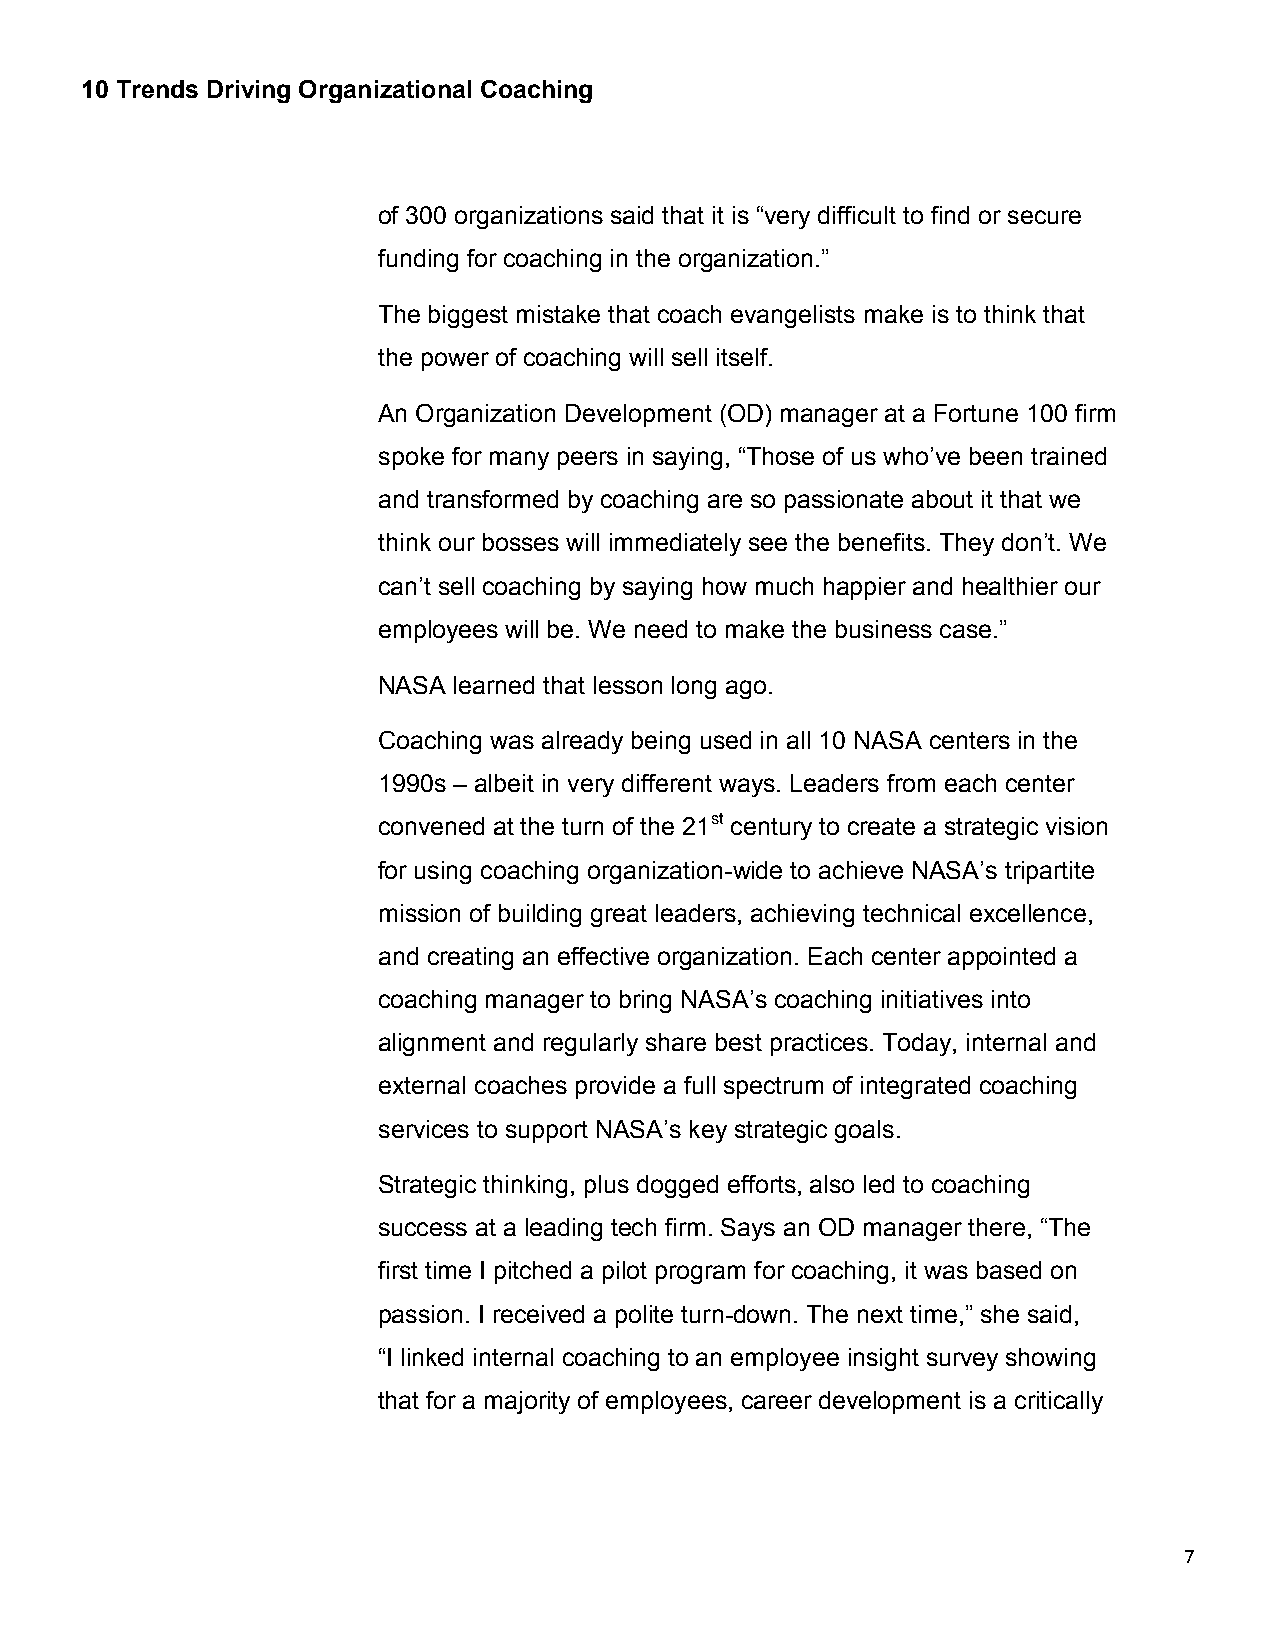
10 Trends Driving Organizational Coaching
 of 300 organizations said that it is “very difficult to find or secure
 funding for coaching in the organization.”
 The biggest mistake that coach evangelists make is to think that
 the power of coaching will sell itself.
 An Organization Development (OD) manager at a Fortune 100 firm
 spoke for many peers in saying, “Those of us who’ve been trained
 and transformed by coaching are so passionate about it that we
 think our bosses will immediately see the benefits. They don’t. We
 can’t sell coaching by saying how much happier and healthier our
 employees will be. We need to make the business case.”
 NASA learned that lesson long ago.
 Coaching was already being used in all 10 NASA centers in the
 1990s – albeit in very different ways. Leaders from each center
 convened at the turn of the 21st century to create a strategic vision
 for using coaching organization-wide to achieve NASA’s tripartite
 mission of building great leaders, achieving technical excellence,
 and creating an effective organization. Each center appointed a
 coaching manager to bring NASA’s coaching initiatives into
 alignment and regularly share best practices. Today, internal and
 external coaches provide a full spectrum of integrated coaching
 services to support NASA’s key strategic goals.
 Strategic thinking, plus dogged efforts, also led to coaching
 success at a leading tech firm. Says an OD manager there, “The
 first time I pitched a pilot program for coaching, it was based on
 passion. I received a polite turn-down. The next time,” she said,
 “I linked internal coaching to an employee insight survey showing
 that for a majority of employees, career development is a critically
 7